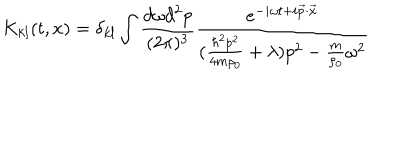
LaTeX: K _ { k l } ( t , x ) = \delta _ { k l } \int \frac { d \omega d ^ { 2 } p } { ( 2 \pi ) ^ { 3 } } \frac { e ^ { - i \omega t + i { \vec { p } } \cdot { \vec { x } } } } { ( \frac { \hbar ^ { 2 } p ^ { 2 } } { 4 m \rho _ { 0 } } + \lambda ) p ^ { 2 } - \frac { m } { \rho _ { 0 } } \omega ^ { 2 } }